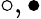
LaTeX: \circ,\bullet